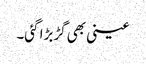
عینی بھی گڑبڑا گئی۔